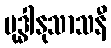
ဗုဒ္ဓါနုသာသနီ